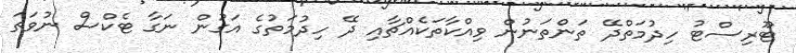
ޓޫރިސްޓު ހިދުމަތްދޭ ތަންތަނުން ވިއްކާތަކެއްޗާއި ދޭ ހިދުމަތުގެ އަގުން ނަގާ ޓެކްސް ނުވަތަ